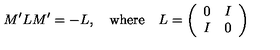
M ^ { \prime } L M ^ { \prime } = - L , \quad \mathrm { w h e r e } \quad L = \left( \begin{array} { c c } { 0 } & { I } \\ { I } & { 0 } \\ \end{array} \right)